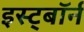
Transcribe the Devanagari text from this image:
इस्ट्बॉर्न